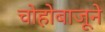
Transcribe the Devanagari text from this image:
चोहोबाजूने